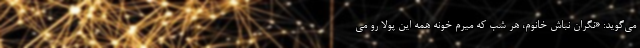
می‌گوید: «نگران نباش خانوم، هر شب که میرم خونه همه این پولا رو می